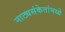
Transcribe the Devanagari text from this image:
नाट्यसंकेतांमध्ये